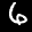
Label: 6